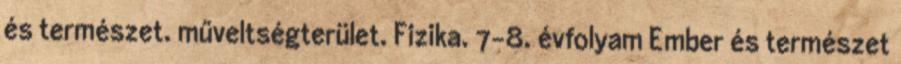
és természet. műveltségterület. Fizika. 7-8. évfolyam Ember és természet